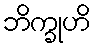
ဘိက္ခုဟိ